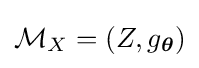
{\mathcal {M}}_{X}=(Z,g_{\boldsymbol {\theta }})